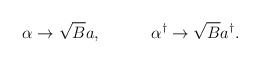
\begin{align*}\alpha \rightarrow \sqrt{B} a,\,\,\,\,\,\,\,\,\,\,\,\,\,\,\,\,\,\, \alpha^{\dag} \rightarrow \sqrt{B}a^{\dag}.\end{align*}